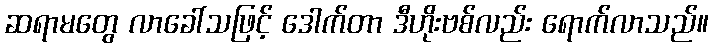
ဆရာမတွေ လာခေါ်သဖြင့် ဒေါက်တာ ဒီဟိုးဗစ်လည်း ရောက်လာသည်။